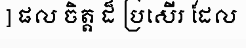
] ផល ចិត្ត ដ៏ ប្រសើរ ដែល